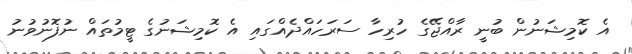
އެ ކޮމިޝަނުން ބުނީ ރާއްޖޭގެ ހުރިހާ ސަރަހައްދެއްގައި އެ ކޮމިޝަނުގެ ޓީމުތައް ނުފޮނުވުނު